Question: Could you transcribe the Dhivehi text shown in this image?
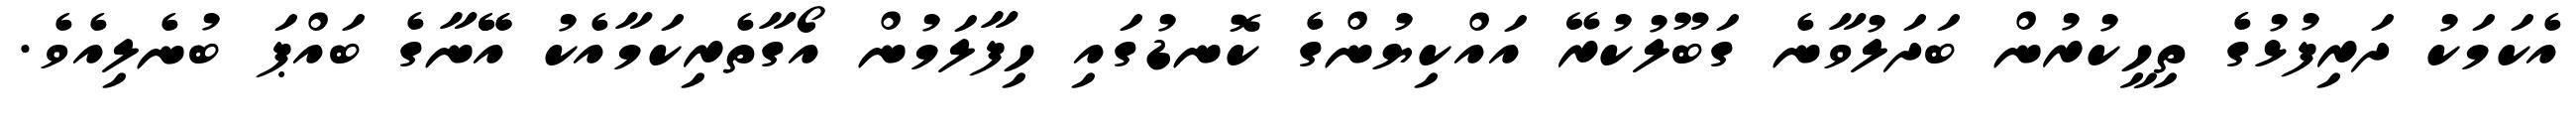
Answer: އެކަމަކު ދަރިފުޅުގެ ތިހީކުރުން ބަދަލުވާނެ ގަބޫލުކުރޭ އައްކިޔުންގެ ކޮނޑުގައި ހިފާލަމުން އޯގާތެރިކަމާއެކު އޭޭނާގެ ބައްޕަ ބުނެލިއެވެ.